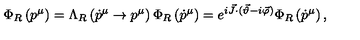
\Phi _ { R } \left( p ^ { \mu } \right) = \Lambda _ { R } \left( \dot { p } ^ { \mu } \to p ^ { \mu } \right) \Phi _ { R } \left( \dot { p } ^ { \mu } \right) = e ^ { i \vec { J } \cdot ( \vec { \vartheta } - i \vec { \varphi } ) } \Phi _ { R } \left( \dot { p } ^ { \mu } \right) ,